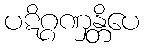
ပဋိဂ္ဂဏှန္တိပေ